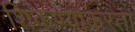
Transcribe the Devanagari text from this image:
शिकण्याकरता